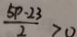
\frac { 5 p - 2 3 } { 2 } > 0